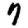
Digit: 7